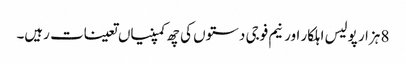
8 ہزار پولیس اہلکار اور نیم فوجی دستوں کی چھ کمپنیاں تعینات رہیں۔